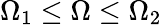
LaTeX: \Omega_{1}\leq\Omega\leq\Omega_{2}